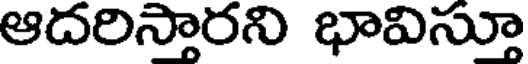
ఆదరిస్తారని భావిస్తూ